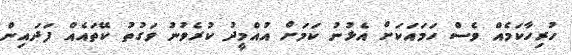
ހުރިހާކަމެއް ވެސް ހަމައަކަށް އެޅުނު ކަމަށް އުއްމީދު ކުރެވުނު ވަގުތު ކޭތައެއް ފަދައިން